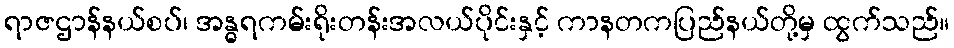
ရာဇဌာန်နယ်စပ်၊ အန္ဓရကမ်းရိုးတန်းအလယ်ပိုင်းနှင့် ကာနတကပြည်နယ်တို့မှ ထွက်သည်။